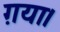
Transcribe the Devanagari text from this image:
ग़या।